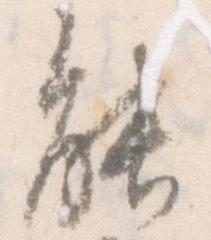
能